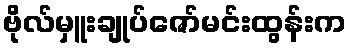
ဗိုလ်မှူးချုပ်ဇော်မင်းထွန်းက